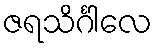
ဇရသိင်္ဂါလေ